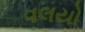
વલયો